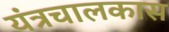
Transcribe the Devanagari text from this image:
यंत्रचालकास